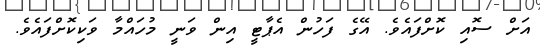
އަށް ސޮއި ކޮށްފައެވެ. އޭގެ ފަހުން އެޕާޓީ އިން ވަނީ މުހައްމާ ވަކިކޮށްފައެވެ.